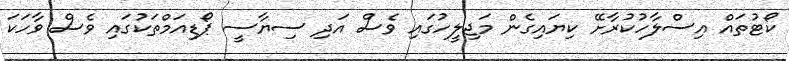
ކޯޓުތައް އިސްލާހުކުރާށޭ ކިޔައިގެން މަޖިލީހުގައި ވެސް އަދި ސިޔާސީ ޕޯޑިއަމްތަކުގައި ވެސް ވާހަކަ